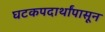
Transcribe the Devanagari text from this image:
घटकपदार्थांपासून